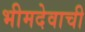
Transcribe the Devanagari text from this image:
भीमदेवाची